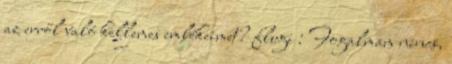
az erről való kellemes emlékeimet? flugi : Fogalmam nincs,